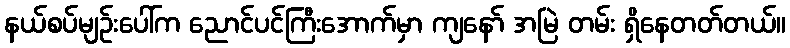
နယ်စပ်မျဉ်းပေါ်က ညောင်ပင်ကြီးအောက်မှာ ကျနော် အမြဲ တမ်း ရှိနေတတ်တယ်။